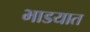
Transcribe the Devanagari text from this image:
भाडयात